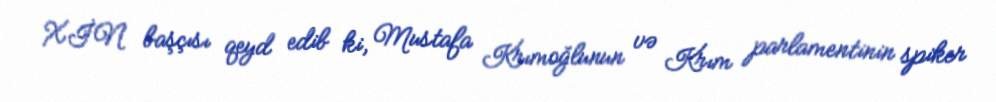
XİN başçısı qeyd edib ki, Mustafa Krımoğlunun və Krım parlamentinin spiker